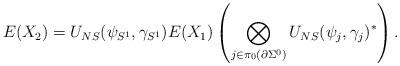
LaTeX: \begin{align*}E(X_2) = U_{NS}(\psi_{S^1},\gamma_{S^1}) E(X_1) \left(\bigotimes_{j \in \pi_0(\partial \Sigma^0)} U_{NS}(\psi_j,\gamma_j)^* \right).\end{align*}